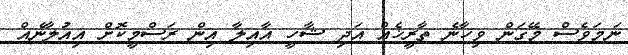
ނަމަވެސް މޭގަން ވިހާނެ ތާރީޚެއް އަދި ޝާހީ އާއިލާ އިން ރަސްމީކޮށް އިއުލާނެއް